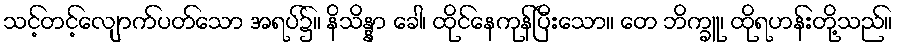
သင့်တင့်လျောက်ပတ်သော အရပ်၌။ နိသိန္နာ ခေါ၊ ထိုင်နေကုန်ပြီးသော။ တေ ဘိက္ခူ၊ ထိုရဟန်းတို့သည်။